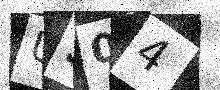
Text: US04